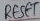
Text: RESET